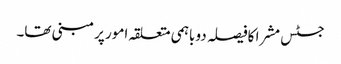
جسٹس مشرا کافیصلہ دو باہمی متعلقہ امور پر مبنی تھا۔